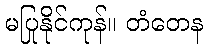
မပြုနိုင်ကုန်။ တံတေန